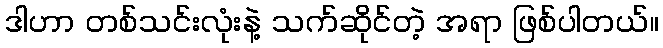
ဒါဟာ တစ်သင်းလုံးနဲ့ သက်ဆိုင်တဲ့ အရာ ဖြစ်ပါတယ်။